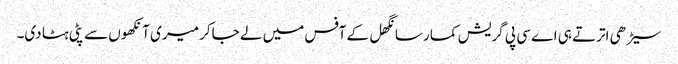
سیڑھی اترتے ہی اے سی پی گریش کمار سانگھل کے آفس میں لے جاکر میری آنکھوں سے پٹی ہٹا دی۔